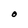
Character: O